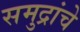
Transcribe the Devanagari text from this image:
समुद्रांचे